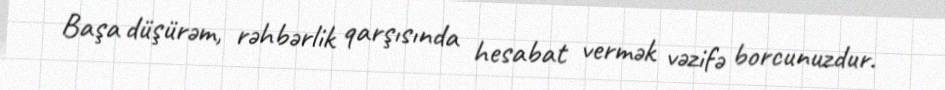
Başa düşürəm, rəhbərlik qarşısında hesabat vermək vəzifə borcunuzdur.